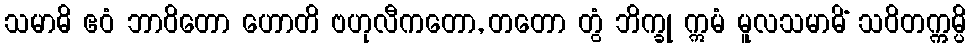
သမာဓိ ဧဝံ ဘာဝိတော ဟောတိ ဗဟုလီကတော, တတော တွံ ဘိက္ခု ဣမံ မူလသမာဓိံ သဝိတက္ကမ္ပိ